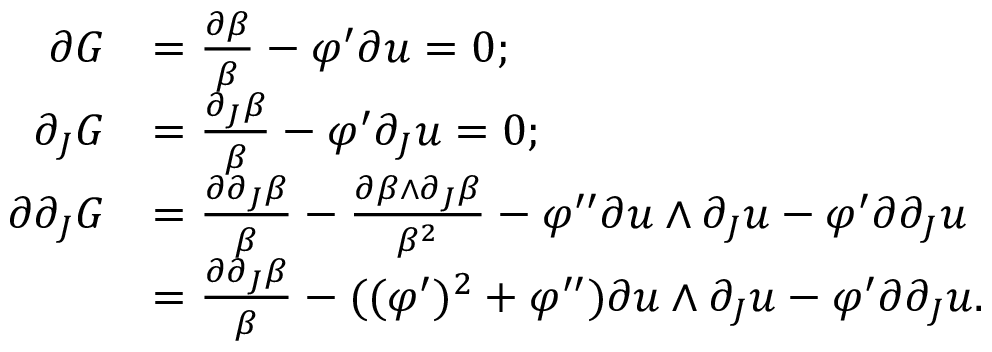
\begin{array} { r l } { \partial G } & { = \frac { \partial \beta } { \beta } - \varphi ^ { \prime } \partial u = 0 ; } \\ { \partial _ { J } G } & { = \frac { \partial _ { J } \beta } { \beta } - \varphi ^ { \prime } \partial _ { J } u = 0 ; } \\ { \partial \partial _ { J } G } & { = \frac { \partial \partial _ { J } \beta } { \beta } - \frac { \partial \beta \wedge \partial _ { J } \beta } { \beta ^ { 2 } } - \varphi ^ { \prime \prime } \partial u \wedge \partial _ { J } u - \varphi ^ { \prime } \partial \partial _ { J } u } \\ & { = \frac { \partial \partial _ { J } \beta } { \beta } - ( ( \varphi ^ { \prime } ) ^ { 2 } + \varphi ^ { \prime \prime } ) \partial u \wedge \partial _ { J } u - \varphi ^ { \prime } \partial \partial _ { J } u . } \end{array}